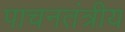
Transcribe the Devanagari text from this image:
पाचनतंत्रीय